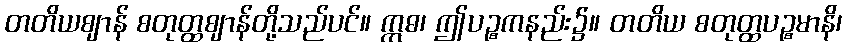
တတိယဈာန် စတုတ္ထဈာန်တို့သည်ပင်။ ဣဓ၊ ဤပဉ္စကနည်း၌။ တတိယ စတုတ္ထပဉ္စမာနိ၊